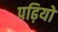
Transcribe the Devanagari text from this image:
पढ़ियो